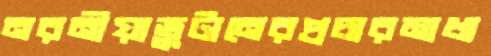
নরনীয়াভুটানেরপ্রচারমাধ্য